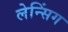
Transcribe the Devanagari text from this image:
लेन्सिंग